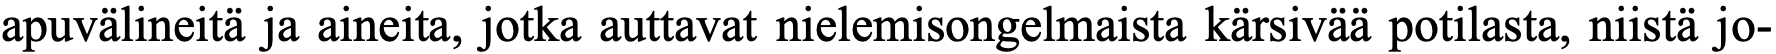
apuvälineitä ja aineita, jotka auttavat nielemisongelmaista kärsivää potilasta, niistä jo-